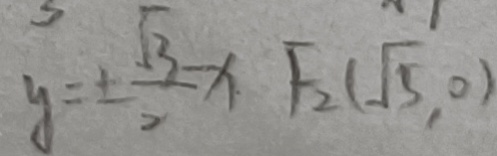
y = \pm \frac { \sqrt { 3 } } { 2 } x . F _ { 2 } ( \sqrt { 5 } , 0 )